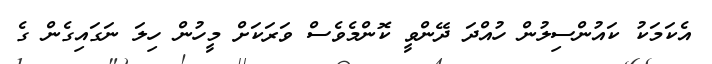
އެކަމަކު ކައުންސިލުން ހުއްދަ ދޭންވީ ކޮންމެވެސް ވަރަކަށް މީހުން ހިލަ ނަގައިގެން ގެ